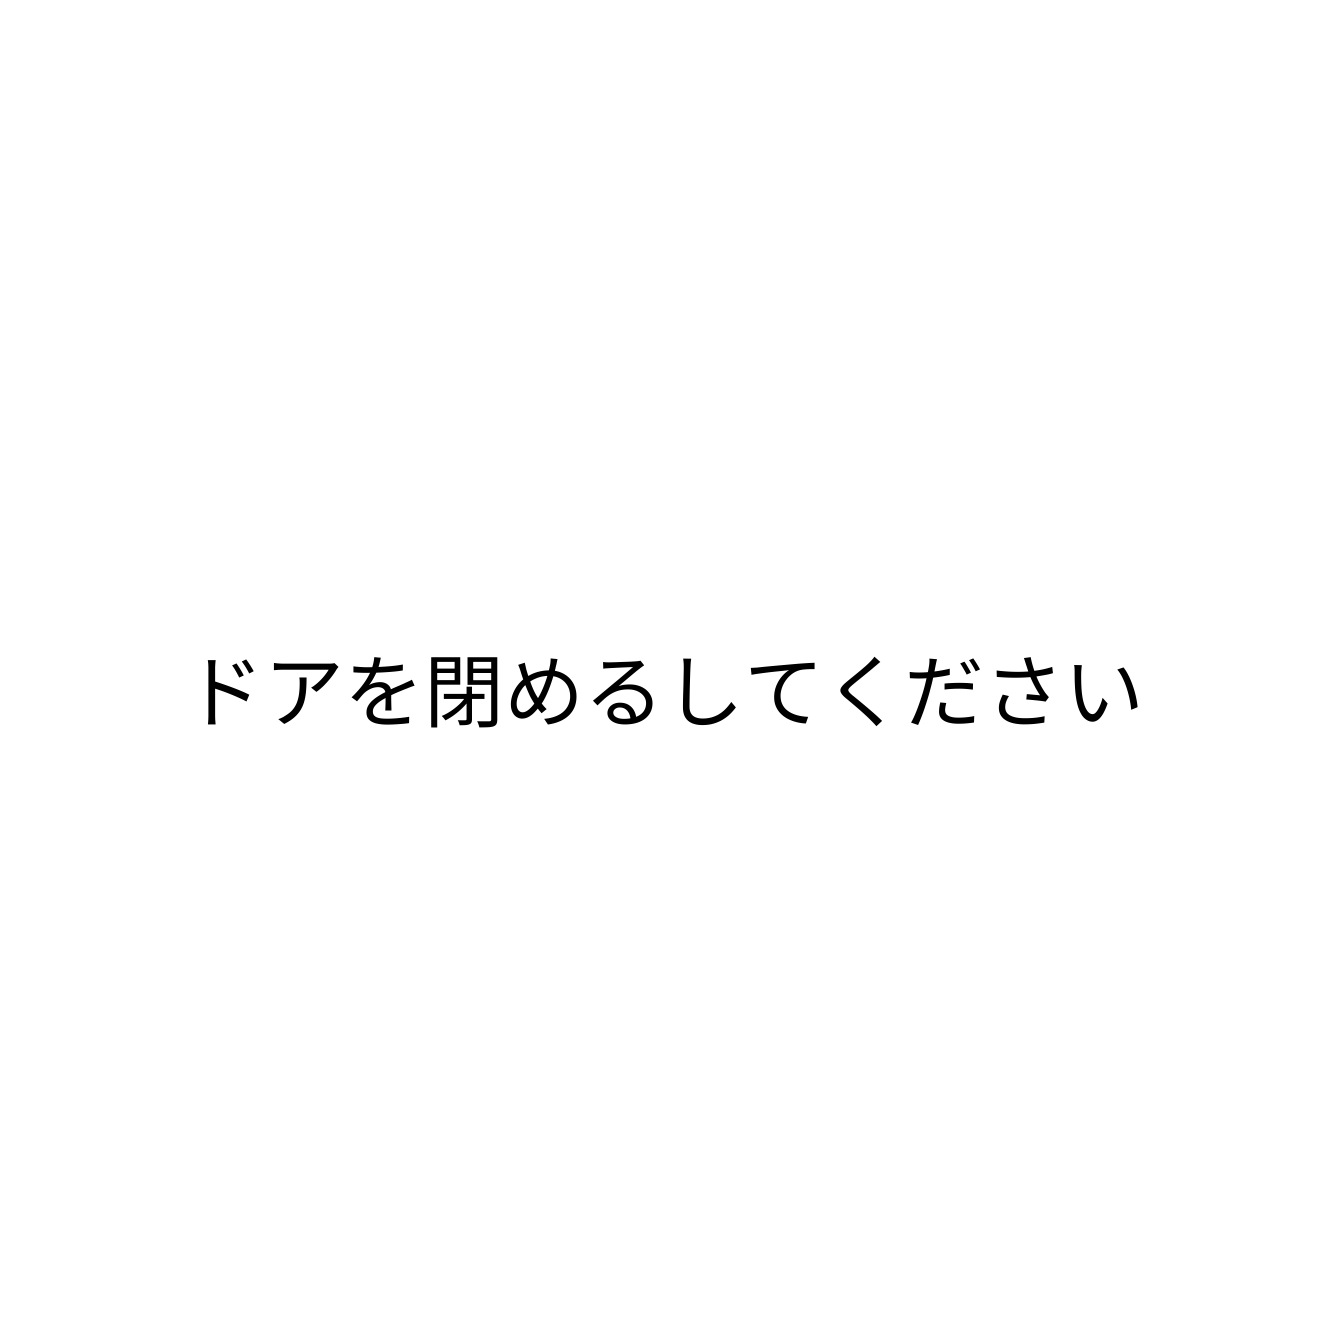
ドアを閉めるしてください